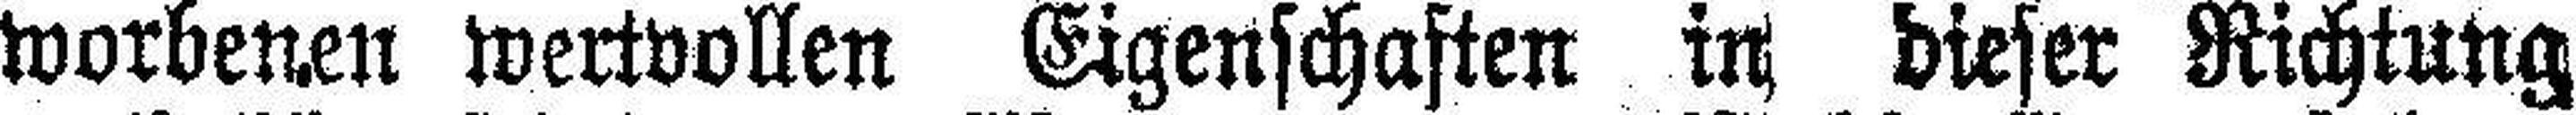
worbenen wertvollen Eigenschaften in dieser Richtung